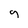
Character: g